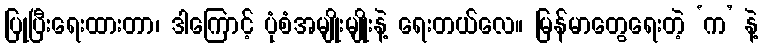
ပြုပြီးရေးထားတာ၊ ဒါကြောင့် ပုံစံအမျိုးမျိုးနဲ့ ရေးတယ်လေ။ မြန်မာတွေရေးတဲ့ ‘က’ နဲ့